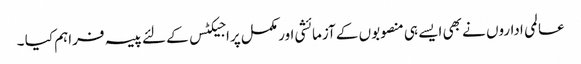
عالمی اداروں نے بھی ایسے ہی منصوبوں کے آزمائشی اور مکمل پراجیکٹس کے لئے پیسہ فراہم کیا ۔